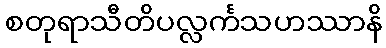
စတုရာသီတိပလ္လင်္ကသဟဿာနိ